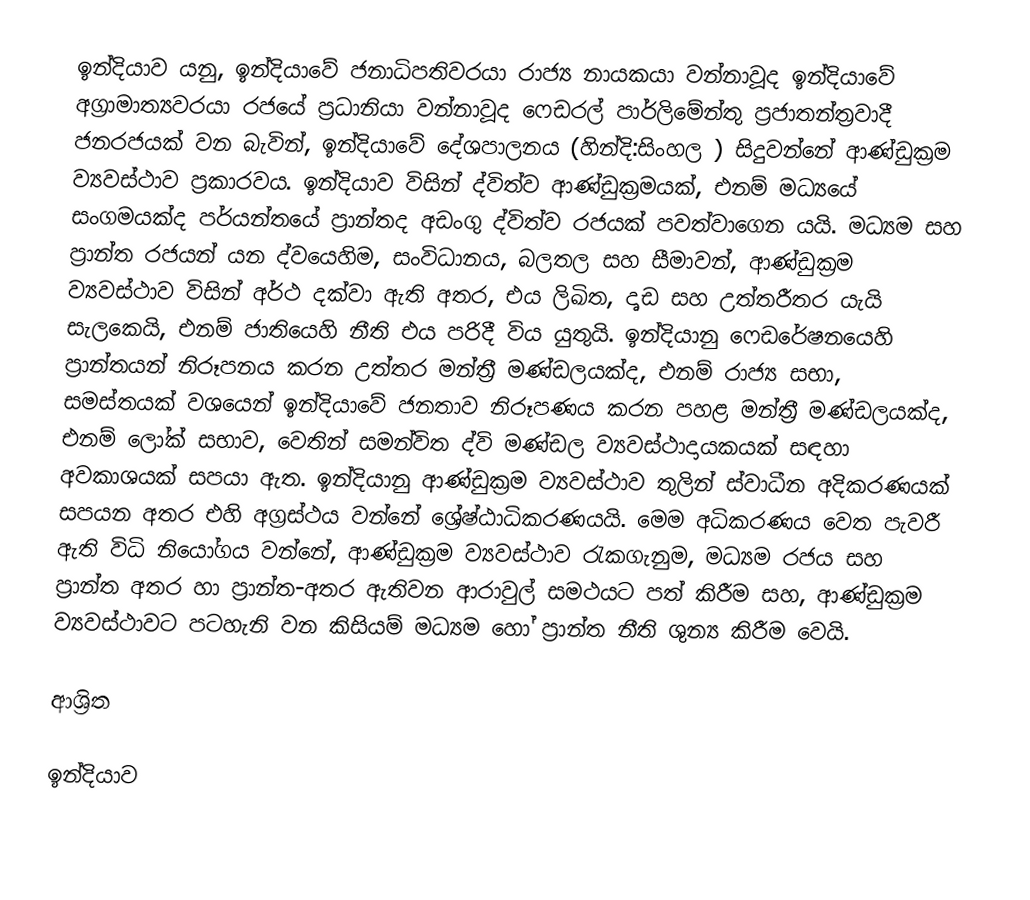
ඉන්දියාව යනු, ඉන්දියාවේ ජනාධිපතිවරයා රාජ්‍ය නායකයා වන්නාවූද ඉන්දියාවේ අග්‍රාමාත්‍යවරයා රජයේ ප්‍රධානියා වන්නාවූද  ෆෙඩරල් පාර්ලිමේන්තු ප්‍රජාතන්ත්‍රවාදී ජනරජයක් වන බැවින්,  ඉන්දියාවේ දේශපාලනය (හින්දි:සිංහල ) සිදුවන්නේ   ආණ්ඩුක්‍රම ව්‍යවස්ථාව ප්‍රකාරවය. ඉන්දියාව විසින් ද්විත්ව ආණ්ඩුක්‍රමයක්, එනම් මධ්‍යයේ සංගමයක්ද පර්යන්තයේ ප්‍රාන්තද අඩංගු ද්විත්ව රජයක් පවත්වාගෙන යයි. මධ්‍යම සහ ප්‍රාන්ත රජයන් යන ද්වයෙහිම, සංවිධානය,  බලතල සහ සීමාවන්, ආණ්ඩුක්‍රම ව්‍යවස්ථාව විසින් අර්ථ දක්වා ඇති අතර, එය ලිඛිත, දෘඩ සහ උත්තරීතර යැයි සැලකෙයි,  එනම් ජාතියෙහි නීති එය පරිදී විය යුතුයි. ඉන්දියානු ෆෙඩරේෂනයෙහි ප්‍රාන්තයන් නිරූපනය කරන උත්තර මන්ත්‍රී මණ්ඩලයක්ද, එනම් රාජ්‍ය සභා, සමස්තයක් වශයෙන් ඉන්දියාවේ ජනතාව නිරූපණය කරන පහළ මන්ත්‍රී මණ්ඩලයක්ද, එනම් ලෝක් සභාව,  වෙතින් සමන්විත ද්වි මණ්ඩල ව්‍යවස්ථාදායකයක් සඳහා අවකාශයක් සපයා ඇත. ඉන්දියානු ආණ්ඩුක්‍රම ව්‍යවස්ථාව තුලින් ස්වාධීන අදිකරණයක් සපයන අතර එහි අග්‍රස්ථය වන්නේ  ශ්‍රේෂ්ඨාධිකරණයයි. මෙම අධිකරණය වෙත පැවරී ඇති විධි නියෝගය වන්නේ, ආණ්ඩුක්‍රම ව්‍යවස්ථාව රැකගැනුම, මධ්‍යම රජය සහ ප්‍රාන්ත අතර හා ප්‍රාන්ත-අතර ඇතිවන ආරාවුල් සමථයට පත් කිරීම සහ, ආණ්ඩුක්‍රම ව්‍යවස්ථාවට පටහැනි වන කිසියම් මධ්‍යම හෝ ප්‍රාන්ත නීති ශුන්‍ය කිරීම වෙයි.

ආශ්‍රිත

ඉන්දියාව